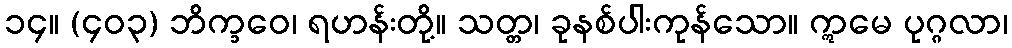
၁၄။ (၄၀၃) ဘိက္ခဝေ၊ ရဟန်းတို့။ သတ္တ၊ ခုနစ်ပါးကုန်သော။ ဣမေ ပုဂ္ဂလာ၊